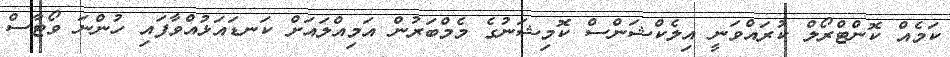
ކަމެއް ކޮންޓްރޯލް ކުރައްވަނީ އިލެކްޝަންސް ކޮމިޝަނުގެ މެމްބަރުން އަމިއްލައަށް ކަނޑައަޅުއްވާފައި ހުންނަ ވޯޓާސް